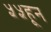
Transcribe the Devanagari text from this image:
५५हून